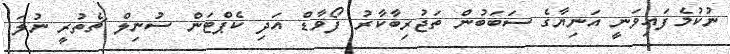
ނުކުމެފައިވަނީ އަނިޔާގެ ސަބަބުން ތަޖުރިބާކާރު ފޯވާޑް އަދި ކެޕްޓަން ސުނިލް ޗެތުރީ ނުލަ